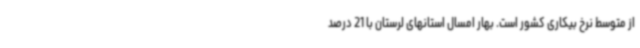
از متوسط نرخ بیکاری کشور است. بهار امسال استانهای لرستان با 21 درصد